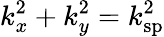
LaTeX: k_{x}^{2}+k_{y}^{2}=k_{\mathrm{sp}}^{2}